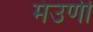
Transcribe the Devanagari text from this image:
मंउणी